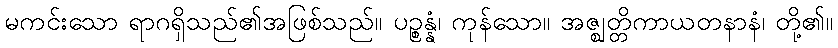
မကင်းသော ရာဂရှိသည်၏အဖြစ်သည်။ ပဉ္စန္နံ၊ ကုန်သော။ အဇ္ဈတ္တိကာယတနာနံ၊ တို့၏။